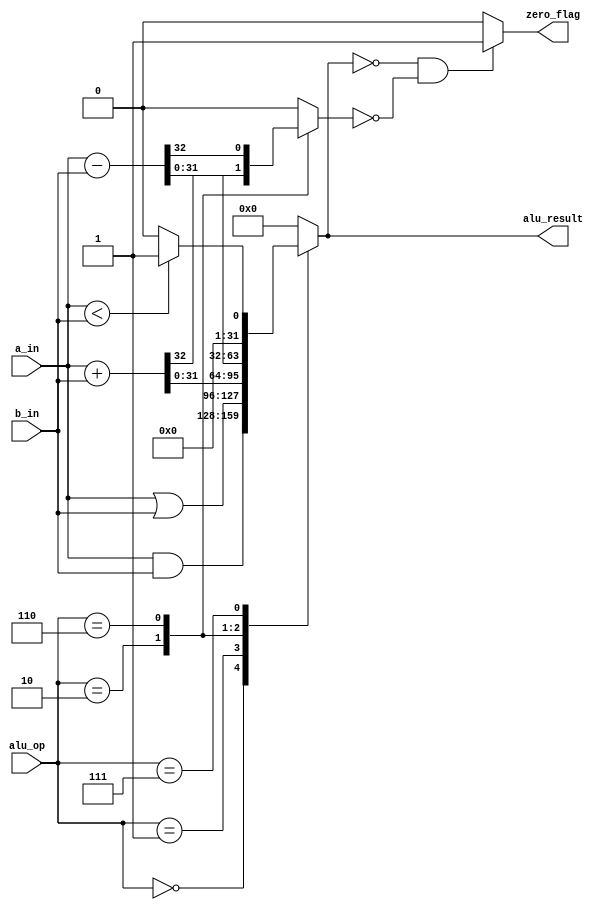
module alu (input wire [31:0] a_in, b_in, input wire [2:0] alu_op, output reg zero_flag, output reg [31:0] alu_result);

reg carry;

always@(*)
begin
  carry = 0;
  case(alu_op)
  3'b000: alu_result = a_in & b_in;  //AND
  3'b001: alu_result = a_in | b_in;  //OR
  3'b010: begin {carry,alu_result} = a_in + b_in; end   //ADD
  3'b110: begin {carry,alu_result} = a_in - b_in; end //SUB
  3'b111: begin  
                if(a_in < b_in)
                    alu_result = 32'b1;    //SLT
                 else
                    alu_result = 32'b0;
            end
  default: alu_result = 31'b0;
  endcase
  zero_flag = ((alu_result == 0) & (carry == 0)) ? 1'b1 : 1'b0; 
end
endmodule